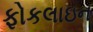
ફોકલાઇન